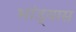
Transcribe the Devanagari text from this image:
भांड्यास